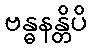
ဗန္ဓနန္တိပိ